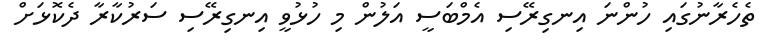
ތެހެރާނުގައި ހުންނަ އިނގިރޭސި އެމްބަސީ އަލުން މި ހުޅުވީ އިނގިރޭސި ސަރުކާރާ ދެކޮޅަށް